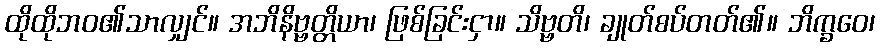
ထိုထိုဘဝ၏သာလျှင်။ အဘိနိဗ္ဗတ္တိယာ၊ ဖြစ်ခြင်းငှာ။ သိဗ္ဗတိ၊ ချုတ်စပ်တတ်၏။ ဘိက္ခဝေ၊